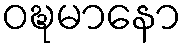
ဝဍ္ဎမာနော